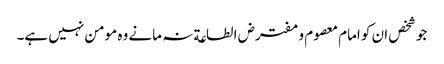
جو شخص ان کو امام معصوم و مفترض الطاعة نہ مانے وہ مومن نہیں ہے۔